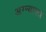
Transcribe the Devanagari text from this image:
अग्न्यास्त्र